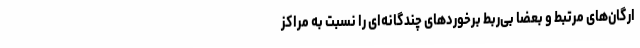
ارگان‌های مرتبط و بعضا بی‌ربط برخوردهای چندگانه‌ای را نسبت به مراکز